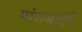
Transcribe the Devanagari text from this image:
पांडजाईचे